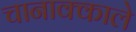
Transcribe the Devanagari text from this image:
चानाक्काले